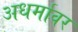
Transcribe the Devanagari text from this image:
अधर्मावर